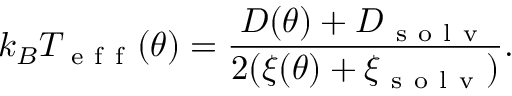
k _ { B } T _ { \mathrm { ~ e ~ f ~ f ~ } } ( \theta ) = \frac { D ( \theta ) + D _ { \mathrm { ~ s ~ o ~ l ~ v ~ } } } { 2 ( \xi ( \theta ) + \xi _ { \mathrm { ~ s ~ o ~ l ~ v ~ } } ) } .